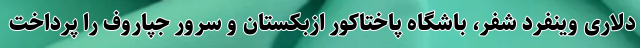
دلاری وینفرد شفر، باشگاه پاختاکور ازبکستان و سرور جپاروف را پرداخت